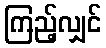
ကြည့်လျှင်